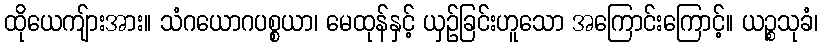
ထိုယေကျ်ားအား။ သံဂယောဂပစ္စယာ၊ မေထုန်နှင့် ယှဉ်ခြင်းဟူသော အကြောင်းကြောင့်။ ယဉ္စသုခံ၊